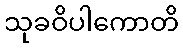
သုခဝိပါကောတိ